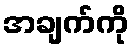
အချက်ကို